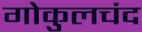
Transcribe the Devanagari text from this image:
गोकुलचंद